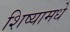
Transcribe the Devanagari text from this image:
शिष्यामधे